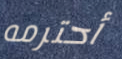
أحترمه